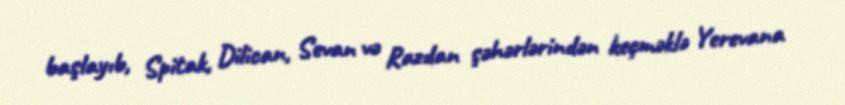
başlayıb, Spitak, Dilican, Sevan və Razdan şəhərlərindən keçməklə Yerevana